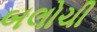
બલોચી